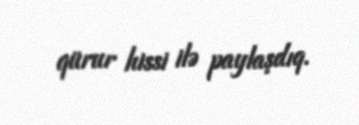
qürur hissi ilə paylaşdıq.